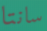
سانتا